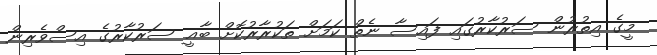
މީގެ އިތުރުން ސަރުކާރުގައި ފައިސާ ނެތް ކަމަށް ތަކުރާރުކޮށް ބާޣީ ސަރުކާރުގެ އިސްވެރިން